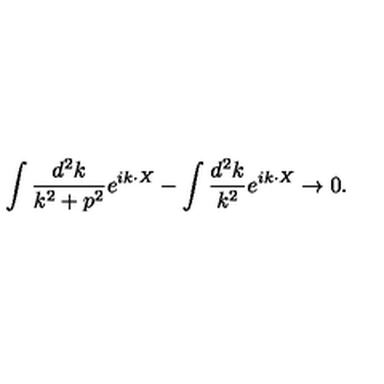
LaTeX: \int { \frac { d ^ { 2 } k } { k ^ { 2 } + p ^ { 2 } } } e ^ { i k \cdot X } - \int { \frac { d ^ { 2 } k } { k ^ { 2 } } } e ^ { i k \cdot X } \rightarrow 0 .